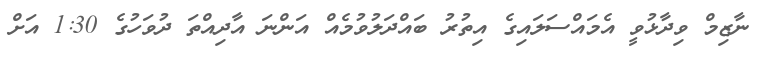
ނާޒިމް ވިދާޅުވީ އެމައްސަލައިގެ އިތުުރު ބައްދަލުވުމެއް އަންނަ އާދިއްތަ ދުވަހުގެ 1:30 އަށް